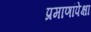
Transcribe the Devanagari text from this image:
प्रमाणांपेक्षा